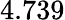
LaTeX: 4.739